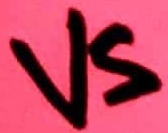
Text: VS